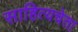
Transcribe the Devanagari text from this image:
साहित्यचेता